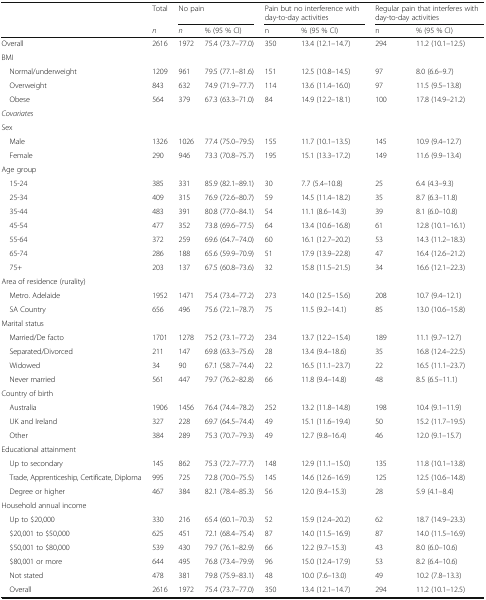
<table><thead><tr><td rowspan="2"></td><td><b>Total</b></td><td colspan="2"><b>No pain</b></td><td colspan="2"><b>Pain but no interference with day-to-day activities</b></td><td colspan="2"><b>Regular pain that interferes with day-to-day activities</b></td></tr><tr><td><b><i>n</i></b></td><td><b><i>n</i></b></td><td><b>% (95 % CI)</b></td><td><b>n</b></td><td><b>% (95 % CI)</b></td><td><b>n</b></td><td><b>% (95 % CI)</b></td></tr></thead><tbody><tr><td>Overall</td><td>2616</td><td>1972</td><td>75.4 (73.7–77.0)</td><td>350</td><td>13.4 (12.1–14.7)</td><td>294</td><td>11.2 (10.1–12.5)</td></tr><tr><td colspan="8">BMI</td></tr><tr><td> Normal/underweight</td><td>1209</td><td>961</td><td>79.5 (77.1–81.6)</td><td>151</td><td>12.5 (10.8–14.5)</td><td>97</td><td>8.0 (6.6–9.7)</td></tr><tr><td> Overweight</td><td>843</td><td>632</td><td>74.9 (71.9–77.7)</td><td>114</td><td>13.6 (11.4–16.0)</td><td>97</td><td>11.5 (9.5–13.8)</td></tr><tr><td> Obese</td><td>564</td><td>379</td><td>67.3 (63.3–71.0)</td><td>84</td><td>14.9 (12.2–18.1)</td><td>100</td><td>17.8 (14.9–21.2)</td></tr><tr><td colspan="8"><i>Covariates</i></td></tr><tr><td colspan="8">Sex</td></tr><tr><td> Male</td><td>1326</td><td>1026</td><td>77.4 (75.0–79.5)</td><td>155</td><td>11.7 (10.1–13.5)</td><td>145</td><td>10.9 (9.4–12.7)</td></tr><tr><td> Female</td><td>290</td><td>946</td><td>73.3 (70.8–75.7)</td><td>195</td><td>15.1 (13.3–17.2)</td><td>149</td><td>11.6 (9.9–13.4)</td></tr><tr><td colspan="8">Age group</td></tr><tr><td> 15-24</td><td>385</td><td>331</td><td>85.9 (82.1–89.1)</td><td>30</td><td>7.7 (5.4–10.8)</td><td>25</td><td>6.4 (4.3–9.3)</td></tr><tr><td> 25-34</td><td>409</td><td>315</td><td>76.9 (72.6–80.7)</td><td>59</td><td>14.5 (11.4–18.2)</td><td>35</td><td>8.7 (6.3–11.8)</td></tr><tr><td> 35-44</td><td>483</td><td>391</td><td>80.8 (77.0–84.1)</td><td>54</td><td>11.1 (8.6–14.3)</td><td>39</td><td>8.1 (6.0–10.8)</td></tr><tr><td> 45-54</td><td>477</td><td>352</td><td>73.8 (69.6–77.5)</td><td>64</td><td>13.4 (10.6–16.8)</td><td>61</td><td>12.8 (10.1–16.1)</td></tr><tr><td> 55-64</td><td>372</td><td>259</td><td>69.6 (64.7–74.0)</td><td>60</td><td>16.1 (12.7–20.2)</td><td>53</td><td>14.3 (11.2–18.3)</td></tr><tr><td> 65-74</td><td>286</td><td>188</td><td>65.6 (59.9–70.9)</td><td>51</td><td>17.9 (13.9–22.8)</td><td>47</td><td>16.4 (12.6–21.2)</td></tr><tr><td> 75+</td><td>203</td><td>137</td><td>67.5 (60.8–73.6)</td><td>32</td><td>15.8 (11.5–21.5)</td><td>34</td><td>16.6 (12.1–22.3)</td></tr><tr><td colspan="8">Area of residence (rurality)</td></tr><tr><td> Metro. Adelaide</td><td>1952</td><td>1471</td><td>75.4 (73.4–77.2)</td><td>273</td><td>14.0 (12.5–15.6)</td><td>208</td><td>10.7 (9.4–12.1)</td></tr><tr><td> SA Country</td><td>656</td><td>496</td><td>75.6 (72.1–78.7)</td><td>75</td><td>11.5 (9.2–14.1)</td><td>85</td><td>13.0 (10.6–15.8)</td></tr><tr><td colspan="8">Marital status</td></tr><tr><td> Married/De facto</td><td>1701</td><td>1278</td><td>75.2 (73.1–77.2)</td><td>234</td><td>13.7 (12.2–15.4)</td><td>189</td><td>11.1 (9.7–12.7)</td></tr><tr><td> Separated/Divorced</td><td>211</td><td>147</td><td>69.8 (63.3–75.6)</td><td>28</td><td>13.4 (9.4–18.6)</td><td>35</td><td>16.8 (12.4–22.5)</td></tr><tr><td> Widowed</td><td>34</td><td>90</td><td>67.1 (58.7–74.4)</td><td>22</td><td>16.5 (11.1–23.7)</td><td>22</td><td>16.5 (11.1–23.7)</td></tr><tr><td> Never married</td><td>561</td><td>447</td><td>79.7 (76.2–82.8)</td><td>66</td><td>11.8 (9.4–14.8)</td><td>48</td><td>8.5 (6.5–11.1)</td></tr><tr><td colspan="8">Country of birth</td></tr><tr><td> Australia</td><td>1906</td><td>1456</td><td>76.4 (74.4–78.2)</td><td>252</td><td>13.2 (11.8–14.8)</td><td>198</td><td>10.4 (9.1–11.9)</td></tr><tr><td> UK and Ireland</td><td>327</td><td>228</td><td>69.7 (64.5–74.4)</td><td>49</td><td>15.1 (11.6–19.4)</td><td>50</td><td>15.2 (11.7–19.5)</td></tr><tr><td> Other</td><td>384</td><td>289</td><td>75.3 (70.7–79.3)</td><td>49</td><td>12.7 (9.8–16.4)</td><td>46</td><td>12.0 (9.1–15.7)</td></tr><tr><td colspan="8">Educational attainment</td></tr><tr><td> Up to secondary</td><td>145</td><td>862</td><td>75.3 (72.7–77.7)</td><td>148</td><td>12.9 (11.1–15.0)</td><td>135</td><td>11.8 (10.1–13.8)</td></tr><tr><td> Trade, Apprenticeship, Certificate, Diploma</td><td>995</td><td>725</td><td>72.8 (70.0–75.5)</td><td>145</td><td>14.6 (12.6–16.9)</td><td>125</td><td>12.5 (10.6–14.8)</td></tr><tr><td> Degree or higher</td><td>467</td><td>384</td><td>82.1 (78.4–85.3)</td><td>56</td><td>12.0 (9.4–15.3)</td><td>28</td><td>5.9 (4.1–8.4)</td></tr><tr><td colspan="8">Household annual income</td></tr><tr><td> Up to $20,000</td><td>330</td><td>216</td><td>65.4 (60.1–70.3)</td><td>52</td><td>15.9 (12.4–20.2)</td><td>62</td><td>18.7 (14.9–23.3)</td></tr><tr><td> $20,001 to $50,000</td><td>625</td><td>451</td><td>72.1 (68.4–75.4)</td><td>87</td><td>14.0 (11.5–16.9)</td><td>87</td><td>14.0 (11.5–16.9)</td></tr><tr><td> $50,001 to $80,000</td><td>539</td><td>430</td><td>79.7 (76.1–82.9)</td><td>66</td><td>12.2 (9.7–15.3)</td><td>43</td><td>8.0 (6.0–10.6)</td></tr><tr><td> $80,001 or more</td><td>644</td><td>495</td><td>76.8 (73.4–79.9)</td><td>96</td><td>15.0 (12.4–17.9)</td><td>53</td><td>8.2 (6.4–10.6)</td></tr><tr><td> Not stated</td><td>478</td><td>381</td><td>79.8 (75.9–83.1)</td><td>48</td><td>10.0 (7.6–13.0)</td><td>49</td><td>10.2 (7.8–13.3)</td></tr><tr><td> Overall</td><td>2616</td><td>1972</td><td>75.4 (73.7–77.0)</td><td>350</td><td>13.4 (12.1–14.7)</td><td>294</td><td>11.2 (10.1–12.5)</td></tr></tbody></table>